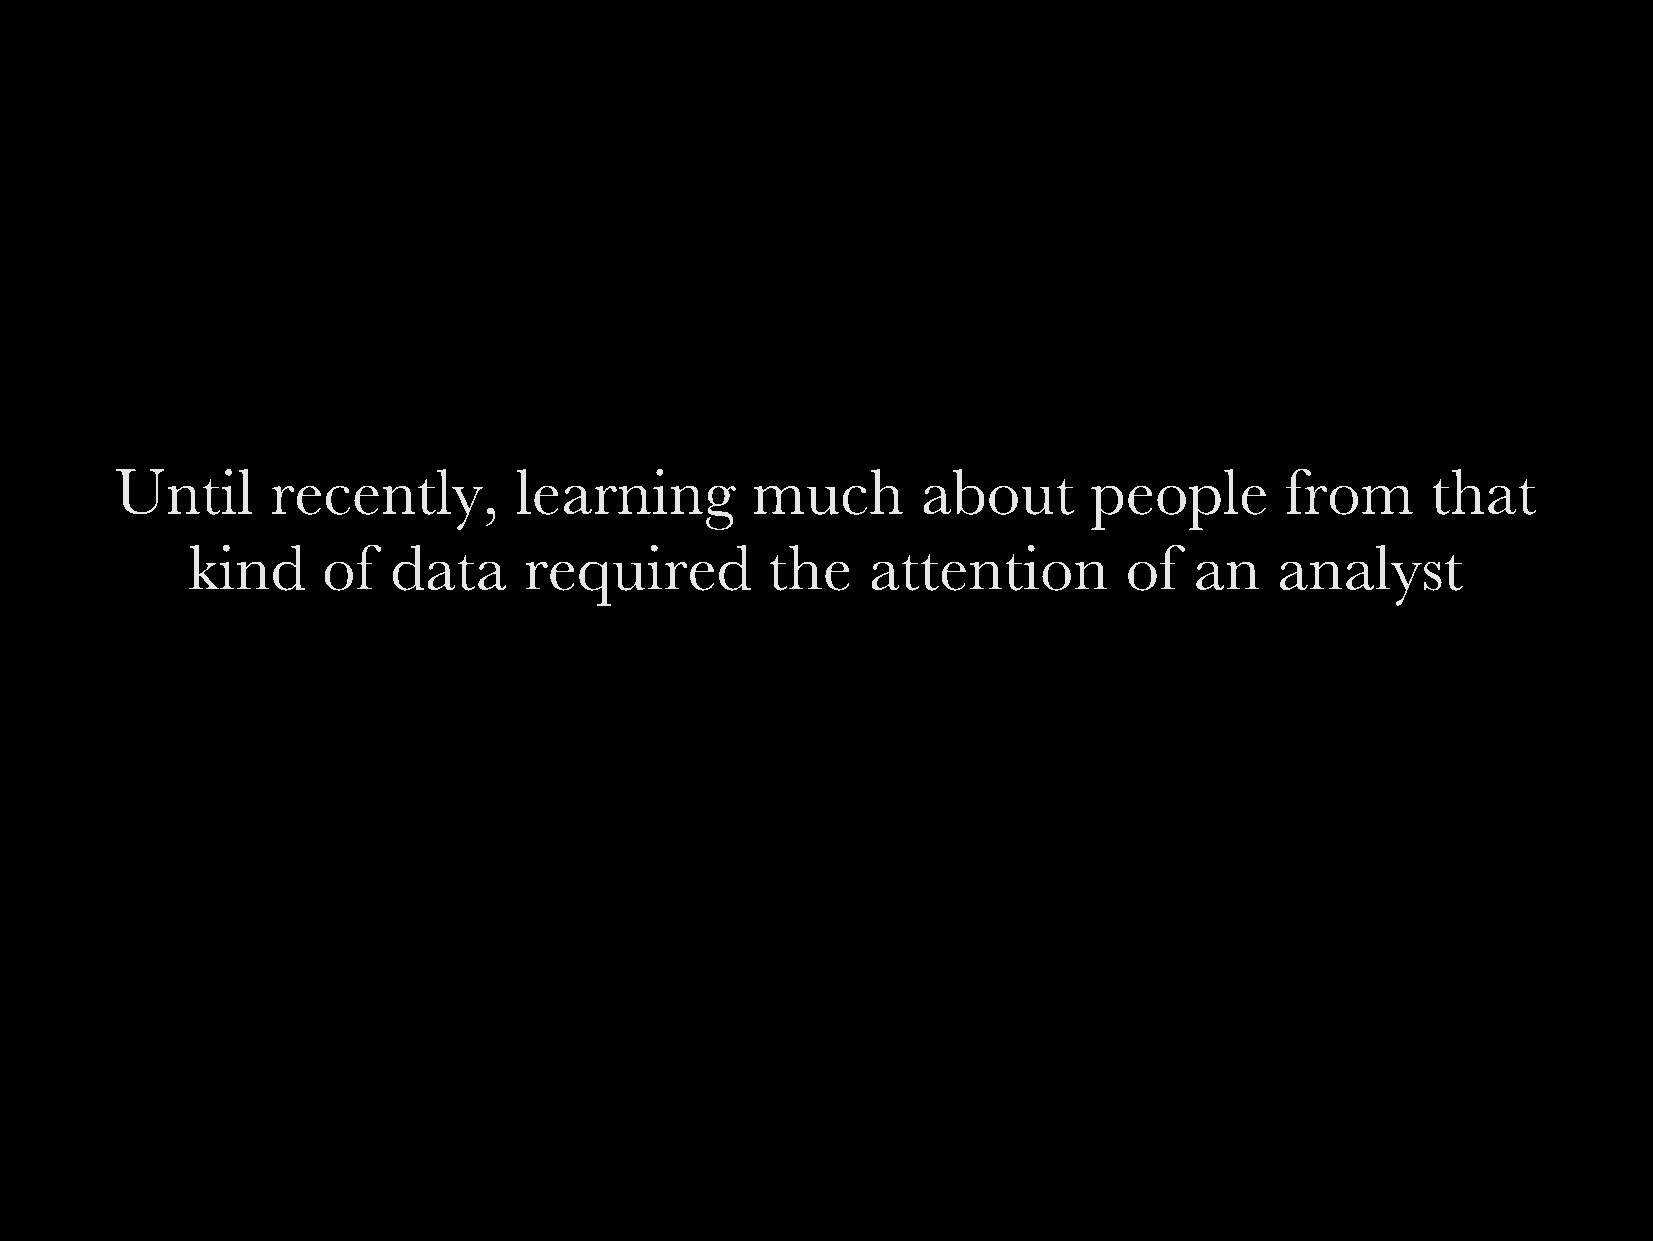
Until     recently,       learning        much       about      people       from      that
 kind     of   data     required        the    attention        of  an    analyst